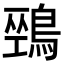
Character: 𪂐